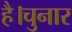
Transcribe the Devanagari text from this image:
है।चुनार